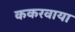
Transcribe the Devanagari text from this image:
ककरवाया